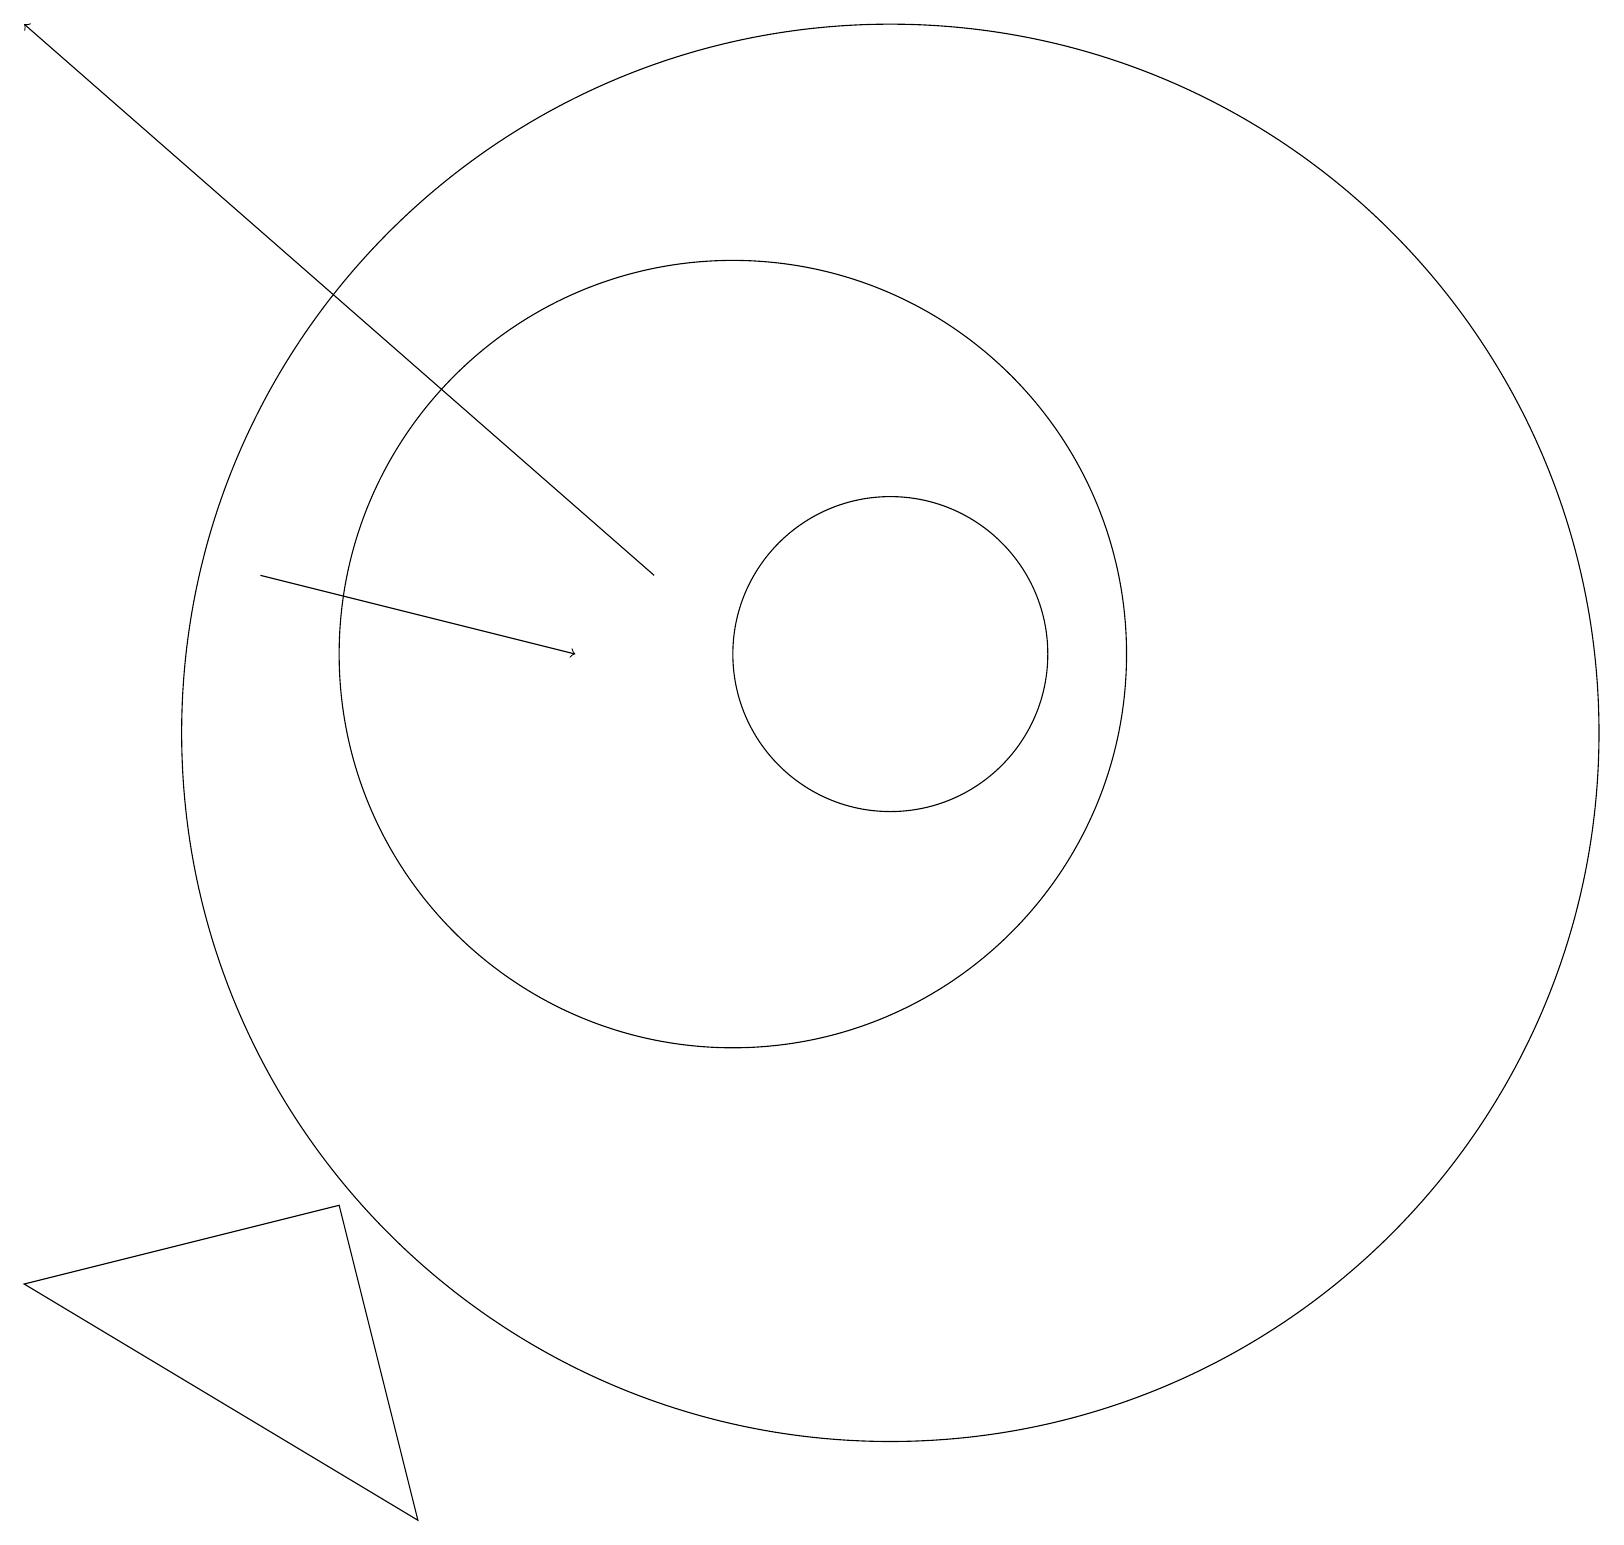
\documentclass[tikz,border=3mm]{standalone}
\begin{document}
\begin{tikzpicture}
\draw (5,4) -- (6,0) -- (1,3) -- cycle;
\draw[->] (4,12) -- (8,11);
\draw (12,11) circle (2);
\draw (12,10) circle (9);
\draw[->] (9,12) -- (1,19);
\draw (10,11) circle (5);
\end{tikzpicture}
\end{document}